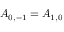
A _ { 0 , - 1 } = A _ { 1 , 0 }